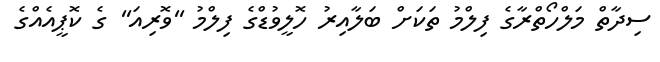
ސިދާތް މަލްހޯތްރާގެ ފިލްމު ތަކަށް ބަލާއިރު ހޮލީވުޑްގެ ފިލްމު ''ވޮރިއަ'' ގެ ކޮޕީއެއްގެ